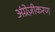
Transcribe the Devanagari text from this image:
अंग्रेज़ीकरण